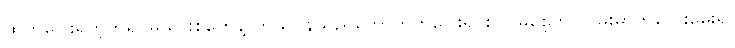
ထွက်ပြေးရတဲ့ကရင်မိသားစုတွေနဲ့ ကိုယ်ဝန်သည်တွေ ထွက်ပြေးရင်း လမစေ့ဘဲ လမ်းမှာကလေးမွေးရ၊